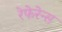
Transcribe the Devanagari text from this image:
रेफेरेन्स